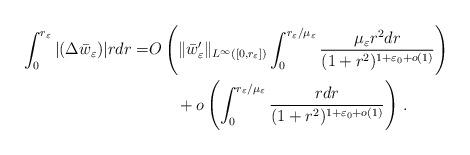
LaTeX: \begin{align*}\int_0^{r_\varepsilon} |(\Delta\bar{w}_\varepsilon)| rdr= &O\left(\|\bar{w}'_\varepsilon\|_{L^\infty([0,r_\varepsilon])} \int_0^{r_\varepsilon/\mu_\varepsilon} \frac{\mu_\varepsilon r^2 dr}{(1+r^2)^{1+\varepsilon_0+o(1)}} \right)\\&~~~~~+o\left(\int_0^{r_\varepsilon/\mu_\varepsilon} \frac{rdr}{(1+r^2)^{1+\varepsilon_0+o(1)}} \right)\,.\end{align*}